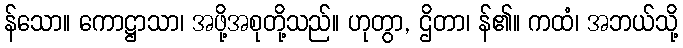
န်သော။ ကောဋ္ဌာသာ၊ အဖို့အစုတို့သည်။ ဟုတွာ, ဌိတာ၊ န်၏။ ကထံ၊ အဘယ်သို့